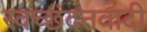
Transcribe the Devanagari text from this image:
स्वच्छंदतवादी